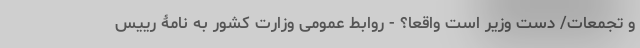
و تجمعات/ دست وزیر است واقعاً؟ - روابط عمومی وزارت کشور به نامۀ رییس